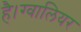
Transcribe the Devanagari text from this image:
है।ग्वालियर